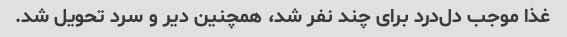
غذا موجب دل‌درد برای چند نفر شد، همچنین دیر و سرد تحویل شد.